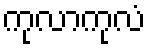
ကုလာကုလံ